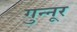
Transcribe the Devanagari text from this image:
गुन्नूर